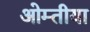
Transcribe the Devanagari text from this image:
ओम्तीया